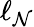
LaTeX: \ell_{\mathcal{N}}